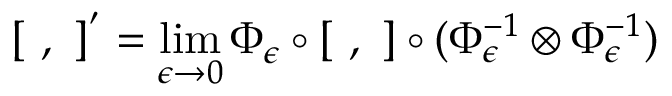
[ \ , \ ] ^ { ' } = \operatorname * { l i m } _ { \epsilon \to 0 } \Phi _ { \epsilon } \circ [ \ , \ ] \circ ( \Phi _ { \epsilon } ^ { - 1 } \otimes \Phi _ { \epsilon } ^ { - 1 } )